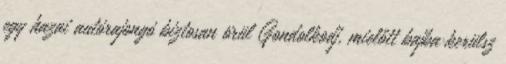
egy hazai autórajongó biztosan örül Gondolkodj, mielőtt bajba kerülsz